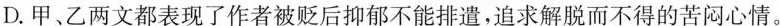
D.甲、乙两文都表现了作者被贬后抑郁不能排遣，追求解脱而不得的苦闷心情。